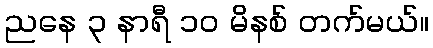
ညနေ ၃ နာရီ ၁၀ မိနစ် တက်မယ်။